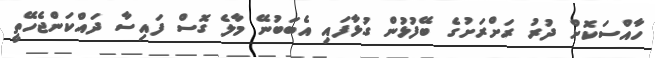
ހާއްސަކޮށް ދުރު ރަށްރަށުގެ ބޭފުޅުން ގުޅާފައި އެބަބުނޭ މާލެ ގޮސް ފައިސާ ދައްކަންޖެހޭތީ